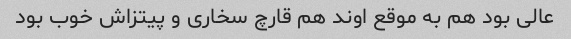
عالى بود هم به موقع اوند هم قارچ سخارى و پیتزاش خوب بود